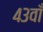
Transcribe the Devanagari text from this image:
४३वाँ